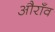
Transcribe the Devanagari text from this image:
औराँव